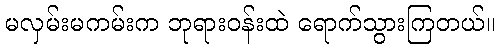
မလှမ်းမကမ်းက ဘုရားဝန်းထဲ ရောက်သွားကြတယ်။